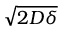
\sqrt { 2 D \delta }